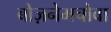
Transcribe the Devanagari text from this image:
बोज़नेमचोवा